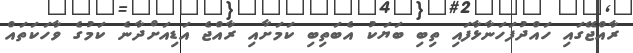
ރާއްޖޭގައި ހައްދުފަހަނާޅާފައި ތިބި ބަޔަކު އެބަތިބި ކަމަށާއި ރާއްޖެ އަޑިއަށްދާނެ ކަމުގެ ވާހަކަތައް